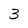
Character: 3